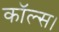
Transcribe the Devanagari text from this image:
कॉल्‍स।